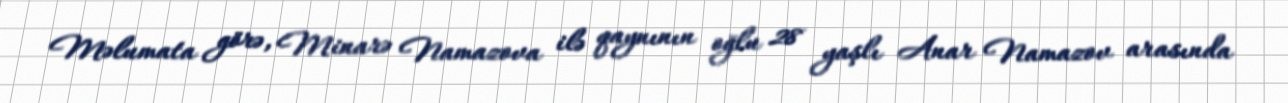
Məlumata görə, Minarə Namazova ilə qaynının oğlu 28 yaşlı Anar Namazov arasında